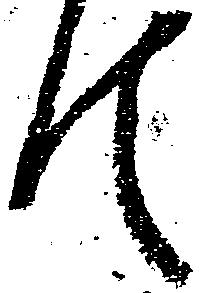
て